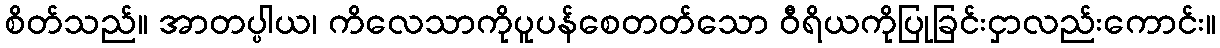
စိတ်သည်။ အာတပ္ပါယ၊ ကိလေသာကိုပူပန်စေတတ်သော ဝီရိယကိုပြုခြင်းငှာလည်းကောင်း။